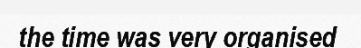
the time was very organised